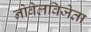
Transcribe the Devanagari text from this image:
नोबेलविजेता